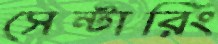
সেন্টারিং